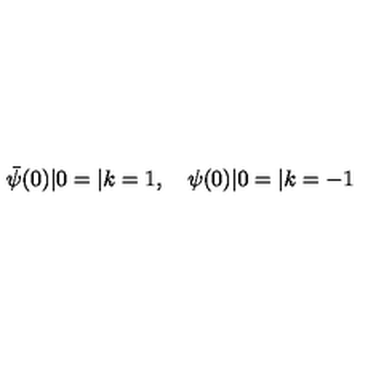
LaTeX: { \bar { \psi } } ( 0 ) | 0 = | k = 1 , \quad \psi ( 0 ) | 0 = | k = - 1